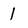
Character: 1